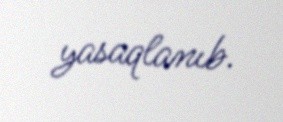
yasaqlanıb.